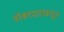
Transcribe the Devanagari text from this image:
नोकरदारांकडून